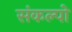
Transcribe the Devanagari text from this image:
संकल्पो